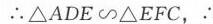
A. \((2,0)\)  B. \((3,0)\)  C. \((4,0)\)  D. \((5,0)\)